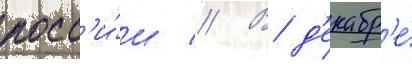
росс'и́и // В д'екабр'е́